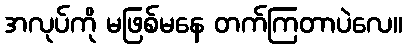
အလုပ်ကို မဖြစ်မနေ တက်ကြတာပဲလေ။